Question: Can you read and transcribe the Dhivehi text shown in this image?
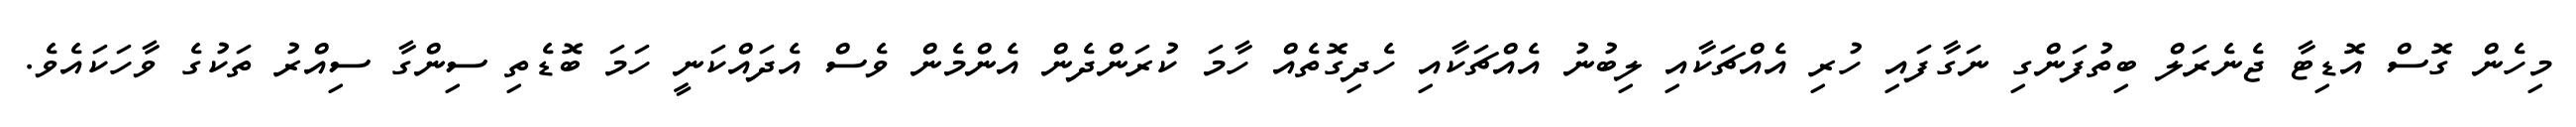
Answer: މިހެން ގޮސް އޮޑިޓާ ޖެނެރަލް ބިތުފަންގި ނަގާފައި ހުރި އެއްޗަކާއި ލިބުނު އެއްޗަކާއި ހެދިގޮތެއް ހާމަ ކުރަންދެން އެންމެން ވެސް އެދައްކަނީ ހަމަ ބޮޑެތި ސިންގާ ސިއްރު ތަކުގެ ވާހަކައެވެ.